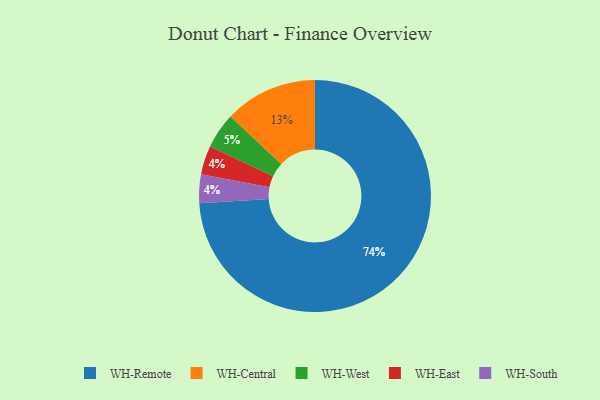
{"axis": {"x": "Category", "y": "Percentage"}, "legend": ["WH-Central", "WH-East", "WH-Remote", "WH-South", "WH-West"], "data": [{"x": "WH-Remote", "y": 74, "type": "WH-Remote"}, {"x": "WH-West", "y": 5, "type": "WH-West"}, {"x": "WH-Central", "y": 13, "type": "WH-Central"}, {"x": "WH-East", "y": 4, "type": "WH-East"}, {"x": "WH-South", "y": 4, "type": "WH-South"}]}